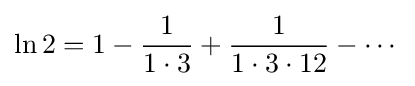
\ln 2=1-{\frac {1}{1\cdot 3}}+{\frac {1}{1\cdot 3\cdot 12}}-\cdots